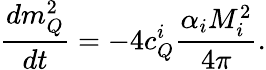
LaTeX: \frac{dm_{Q}^{2}}{dt}=-4c_{Q}^{i}\frac{\alpha_{i}M_{i}^{2}}{4\pi}.